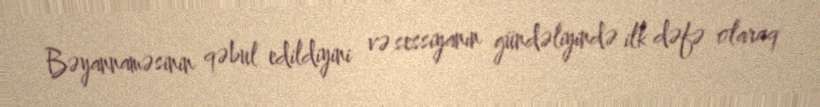
Bəyannaməsinin qəbul edildiyini və sessiyanın gündəliyində ilk dəfə olaraq